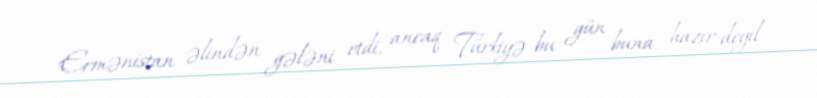
Ermənistan əlindən gələni etdi, ancaq Türkiyə bu gün buna hazır deyil.